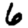
Digit: 6